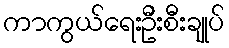
ကာကွယ်ရေးဦးစီးချုပ်